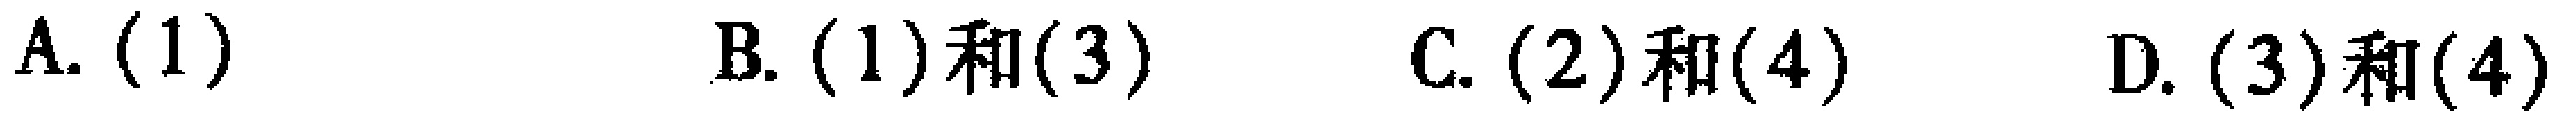
A. \((1)\)  B. \((1)\)和\((3)\)  C. \((2)\)和\((4)\)  D. \((3)\)和\((4)\)